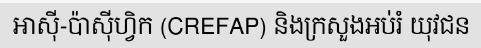
អាស៊ី-ប៉ាស៊ីហ្វិក (CREFAP) និងក្រសួងអប់រំ យុវជន